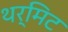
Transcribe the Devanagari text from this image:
थर्मिट